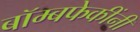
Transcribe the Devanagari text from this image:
बॉम्बफेकींनी